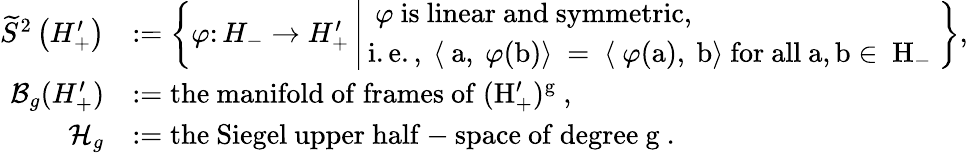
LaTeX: \begin{array}{rl}{\widetilde{S}^{2}\left(H_{+}^{\prime}\right)}&{:=\left\{ \varphi\colon H_{-}\rightarrow H_{+}^{\prime}\, \Bigg|\, \begin{array}{l}{\mathrm{~\varphi~is~linear~and~symmetric,}}\\ {\mathrm{i.e.,~\langle~a,~\varphi(b)\rangle~=~\langle~\varphi(a),~b\rangle~for~all~a,b\in~H_-~}}\end{array}\right\} ,}\\ {\mathcal{B}_{g}(H_{+}^{\prime})}&{:=\mathrm{the~manifold~of~frames~of~(H'_+)^g~,}}\\ {\mathcal{H}_{g}}&{:=\mathrm{the~Siegel~upper~half-space~of~degree~g~.}}\end{array}